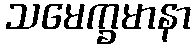
သမေက္ခမာနာ